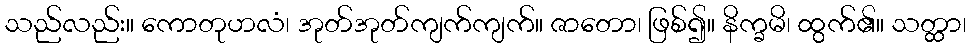
သည်လည်း။ ကောတုဟလံ၊ အုတ်အုတ်ကျက်ကျက်။ ဇာတော၊ ဖြစ်၍။ နိက္ခမိ၊ ထွက်၏။ သတ္ထာ၊